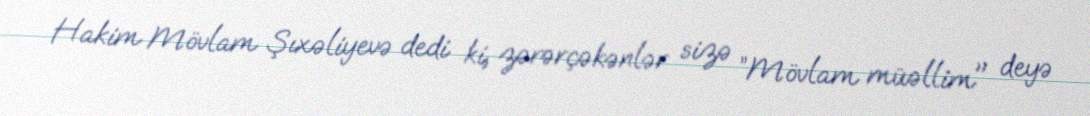
Hakim Mövlam Şıxəliyevə dedi ki, zərərçəkənlər sizə ”Mövlam müəllim" deyə